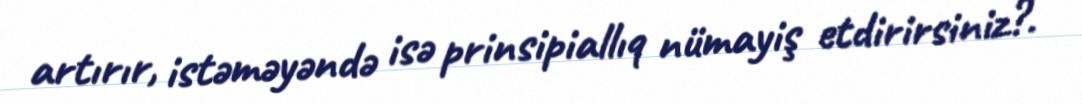
artırır, istəməyəndə isə prinsipiallıq nümayiş etdirirsiniz?.